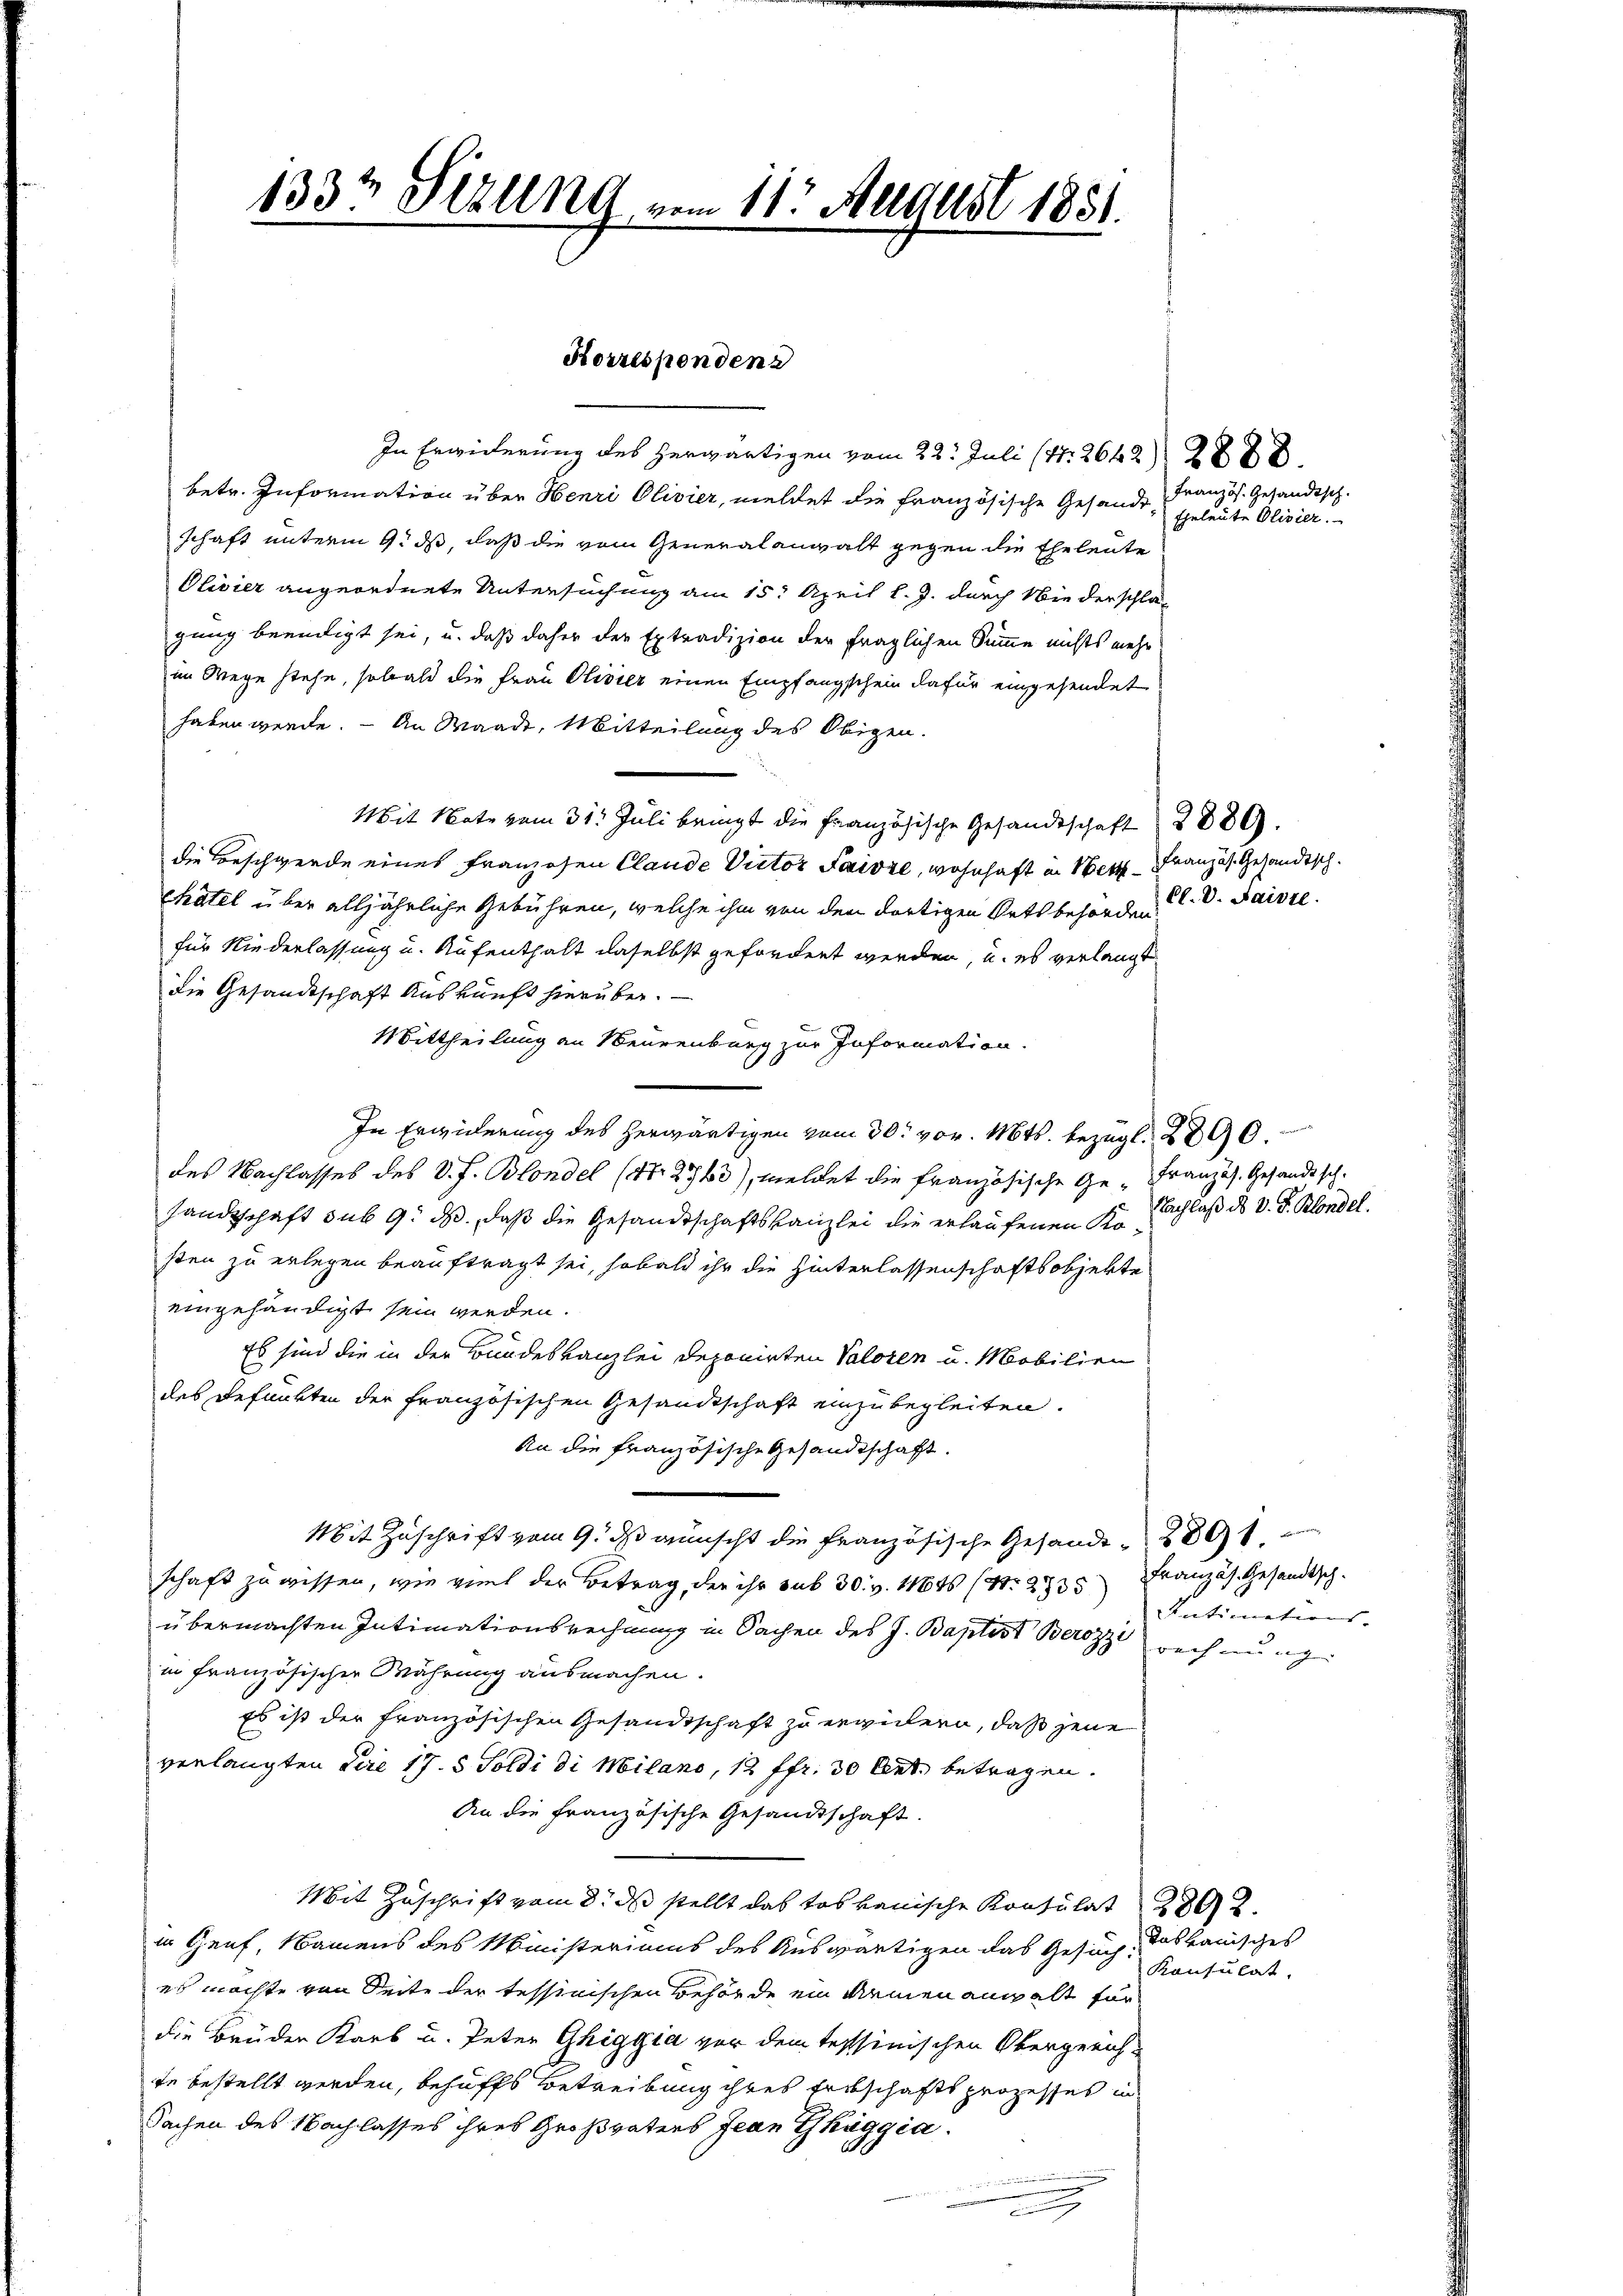
133t Sizung vom 11. August 1851.

Korresponden

In Erwiderung des herwärtigen vom 22. Juli (172642 f 24 x
betr. Information über Henri Olivier, meldet die französische Gesande Französ. Gesandtsch
schaft unterm 9. ds, daß die vom Generalanwalt gegen die Eheleute
Olivier angeordnete Untersuchung am 15. April l. J. durch Wie derschla-
gung beendigt sei, u. daß daher der Extradizion der fraglichen Summe nichts mehr
im Wege stehe, sobald die Frau Olivier einen Empfangschein dafür eingesendet
haben werde. — An Waadt, Mitteilung des Obigen.
Mit Note vom 31. Juli bringt die Französische Gesandtschaft 2889.
die Beschwerde eines Franzosen Claude Victor Faivze, wohnhaft in Wert Französ. Gesandtsch.
châtel über alljährliche Gebühren, welche ihm von den dortigen Ortsbehörden d. d. Saisre
für Niederlassung u. Aufenthalt daselbst gefordert werden, u. es verlangt
die Gesandtschaft Auskunft hierüber. —
Mittheilung an Neurenburg zur Information.
In Erwiderung des herwärtigen vom 30. vor. Mts. bezügl. 2890.
des Nachlasses des V. f. Blondel (N. 2760), meldet die französische Ge- Französ. Gesandtsch.
sandtschaft sub 9. ds, daß die Gesandtschaftskanzlei die erlaufenen Kosten zu erlegen beauftragt sei, sobald ihr die Hinterlassenschaftsobjekte
eingehändigt sein werden.
Es sind die in der Bundeskanzlei deponirten Valoren u. Mobilien
des Befunkten der französischen Gesandtschaft einzubegleiten.
An die Französische Gesandtschaft.
Mit Zuschrift vom 9. ds wünscht die französische Gesandt 200
schaft zu wissen, wie viel der Betrag, der ihr sub 30. v. 16t (S. 2735 Französ. Gesandtsch.
übermachten Intimationsrechnung in Sachen des J. Baptist Berozzi rechnung
in französischen Währung ausmachen.
Es ist der französischen Gesandtschaft zu erwilern, daß jene
verlangten die 17. 5 Soldi di Milano, 12 ffr. 30 Art. betragen.
An die französische Gesandtschaft.
Mit Zuschrift vom 3. ds stellt das toskanische Konsulat 2802.
in Genf, Namens des Ministeriums des Auswärtigen das Gesuch, das kanisches
es möchte von Seite der tessinischen Behörde ein denen anhalt für
die Brüder Karb u. Peter Ghiggia vor dem Tessinischen Obergreich-
te bestellt werden, behuffs Betreibung ihres Erbschaftsprozesses in
Sachen des Nachlasses ihres Großvaters Jean Thaggia
g

Eheleute Olivier.

Nachlaß des v. J. Blondel.

Antimations-

Konsulat.